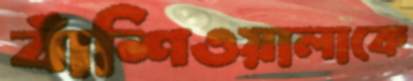
বাঁশিওয়ালাকে